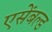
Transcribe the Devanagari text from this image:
एसेंबल्ड